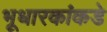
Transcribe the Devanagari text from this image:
भूधारकांकडे